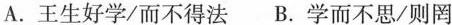
A.王生好学/而不得法 B.学而不思/则罔